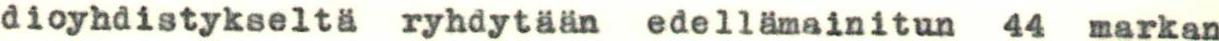
dioyhdistykseltä ryhdytään edellämainitun 44 markan